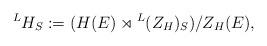
LaTeX: \begin{align*}{}^LH_S := (H(E) \rtimes {}^L(Z_H)_S)/Z_H(E),\end{align*}